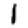
Digit: 1